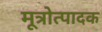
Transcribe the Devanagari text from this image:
मूत्रोत्पादक